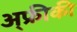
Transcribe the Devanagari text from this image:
अ्फ्रीकी